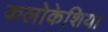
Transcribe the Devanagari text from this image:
कलोकेशिया